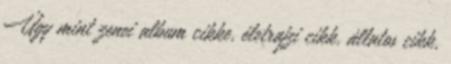
Úgy mint zenei album cikke, életrajzi cikk, állatos cikk,